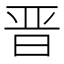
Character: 晋